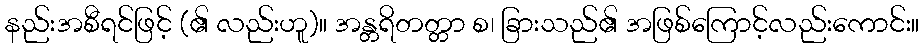
နည်းအစီရင်ဖြင့် (၏ လည်းဟူ)။ အန္တရိတတ္တာ စ၊ ခြားသည်၏ အဖြစ်ကြောင့်လည်းကောင်း။